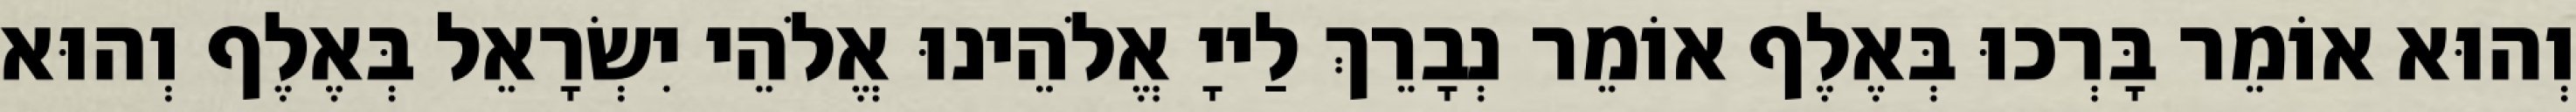
וְהוּא אוֹמֵר בָּרְכוּ בְּאֶלֶף אוֹמֵר נְבָרֵךְ לַייָ אֱלֹהֵינוּ אֱלֹהֵי יִשְׂרָאֵל בְּאֶלֶף וְהוּא